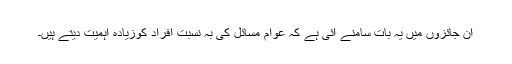
ان جائزوں میں یہ بات سامنے آئی ہے کہ عوام مسائل کی بہ نسبت افراد کوزیادہ اہمیت دیتے ہیں۔